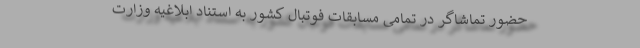
حضور تماشاگر در تمامی مسابقات فوتبال کشور به استناد ابلاغیه وزارت